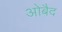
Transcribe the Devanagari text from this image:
ओबैद